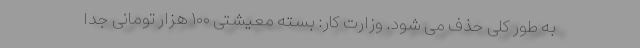
به طور کلی حذف می شود. وزارت کار: بسته معیشتی ۱۰۰ هزار تومانی جدا